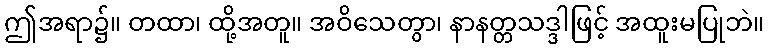
ဤအရာ၌။ တထာ၊ ထို့အတူ။ အဝိသေတွာ၊ နာနတ္တသဒ္ဒါဖြင့် အထူးမပြုဘဲ။